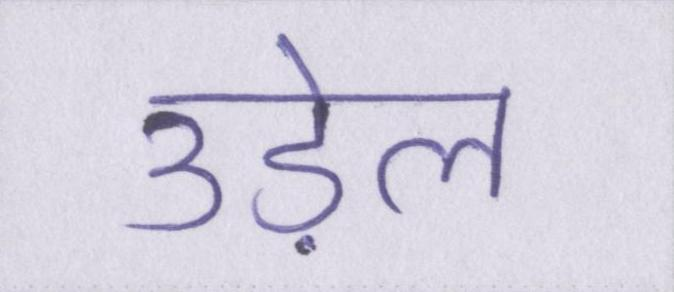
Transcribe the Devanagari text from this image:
उड़ेल